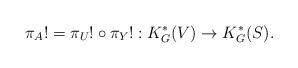
LaTeX: \begin{align*}\pi_A!=\pi_U!\circ\pi_Y!: K_G^*(V)\rightarrow K_G^*(S).\end{align*}